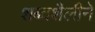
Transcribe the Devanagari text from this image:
शब्दशैलीने